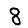
Digit: 8